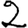
Digit: 2